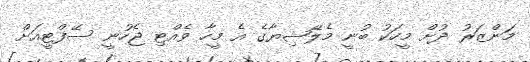
މަންޒަރު ދުށް މީހަކު ބުނީ މެލޭޝިޔާގެ އެ މީހާ ވެއްޓި ޖެހުނީ ސޭފްޓީއަށް